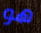
هو